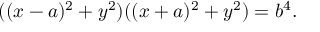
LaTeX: ( ( x - a ) ^ { 2 } + y ^ { 2 } ) ( ( x + a ) ^ { 2 } + y ^ { 2 } ) = b ^ { 4 } .